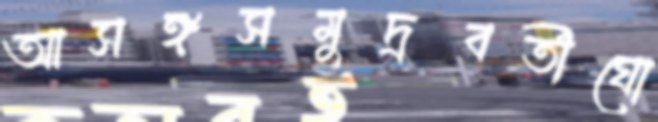
আসঙ্গসমুদ্রবর্তীঘো